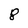
Character: 8